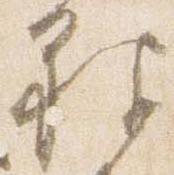
被